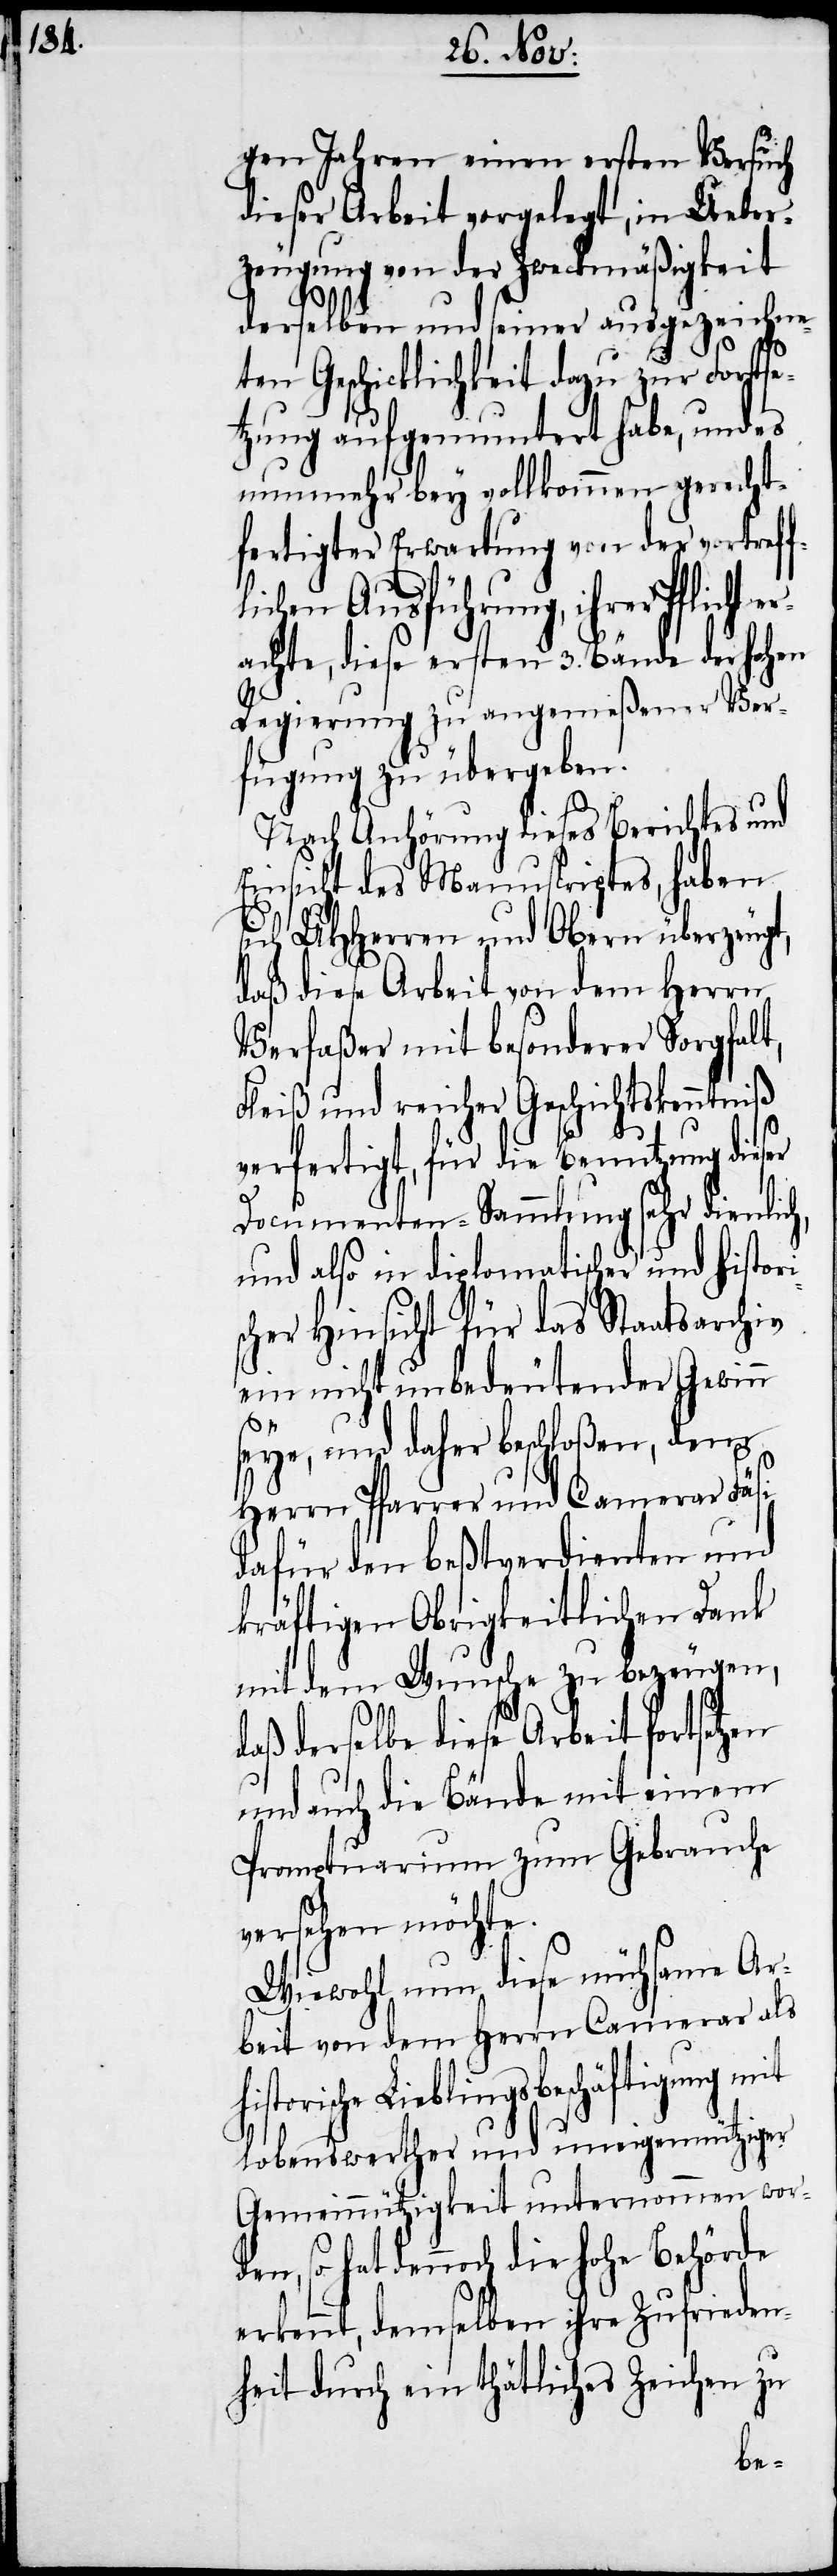
gen Jahren einen ersten Versuch
dieser Arbeit vorgelegt, in Ueber¬
zeugung von der Zweckmäßigkeit
hi¬
derselben und seiner ausgezeichne¬
d¬
ten Geschicklichkeit dazu zur Fortse¬
tzung aufgemuntert habe, und es
nunmehr bey vollkommen gerecht¬
fertigter Erwartung von der vortreff¬
chen Ausführung, ihrer Pfli¬
achte, diese ersten 3. Bände der hohen
Regierung zu angemeßener Ver¬
fügung zu übergeben.
Nach Anhörung dieses Berichtes und
Einsicht des Manuscriptes, haben
sich UHHerren und Obern überzeugt,
daß diese Arbeit von dem Herrn
Verfaßer mit besonderer Sorgfalt,
Fleiß und reicher Geschichtskenntniß
verfertigt, für die Benutzung dieser
Documenten-Sammlung sehr dienlich,
und also in diplomatischer und histor¬
scher Hinsicht für das Staatsarchiv
ein nicht unbedeutender Gewinn
seye, und daher beschloßen, dem
Herrn Pfarrer und Camerar Fäsi
dafür den beßtverdienten und
kräftigen Obrigkeitlichen Dank
mit dem Wunsche zu bezeugen,
aß derselbe diese Arbeit fortsetzen
und auch die Bände mit einem
Promptuarium zum Gebrauche
versehen möchte.
Wiewohl nun diese mühsame Ar¬
beit von dem Herrn Camerar als
storische Lieblingsbeschäftigung mit
lobenswerther und uneigennütziger
Gemeinnützigkeit unternommen wor¬
den, so hat dennoch die hohe Behörde
erkennt, demselben ihre Zufrieden¬
heit durch ein thätliches Zeichen zu